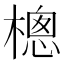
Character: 樬